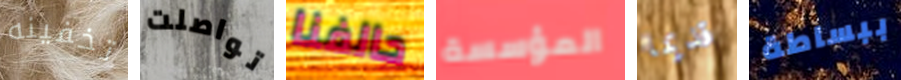
تخفينه تواصلت حالفنا المؤسسة قديما ببساطة